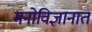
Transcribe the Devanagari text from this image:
मनोविज्ञानात